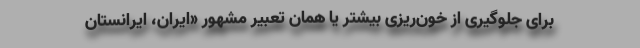
برای جلوگیری از خون‌ریزی بیشتر یا همان تعبیر مشهور «ایران، ایرانستان